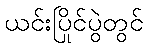
ယင်းပြိုင်ပွဲတွင်